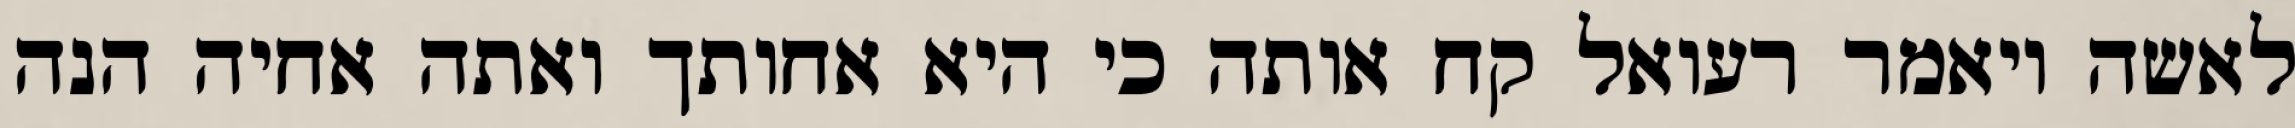
לאשה ויאמר רעואל קח אותה כי היא אחותך ואתה אחיה הנה